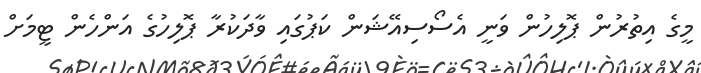
މީގެ އިތުރުން ޕޮލިހުން ވަނީ އެސޯސިއޭޝަން ކަޕުގައި ވާދަކުރާ ޕޮލިހުގެ އަންހެން ޓީމަށް